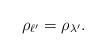
LaTeX: \begin{align*}\rho_{\ell'}=\rho_{\lambda'}.\end{align*}